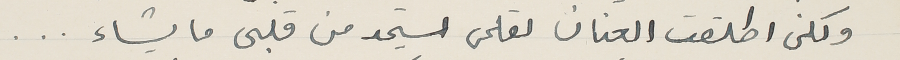
ولكن اطلقت العنان لقلمى ليستمد من قلبى ما يشاء ...